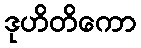
ဒုဟိတိကော